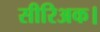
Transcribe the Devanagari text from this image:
सीरिअक।